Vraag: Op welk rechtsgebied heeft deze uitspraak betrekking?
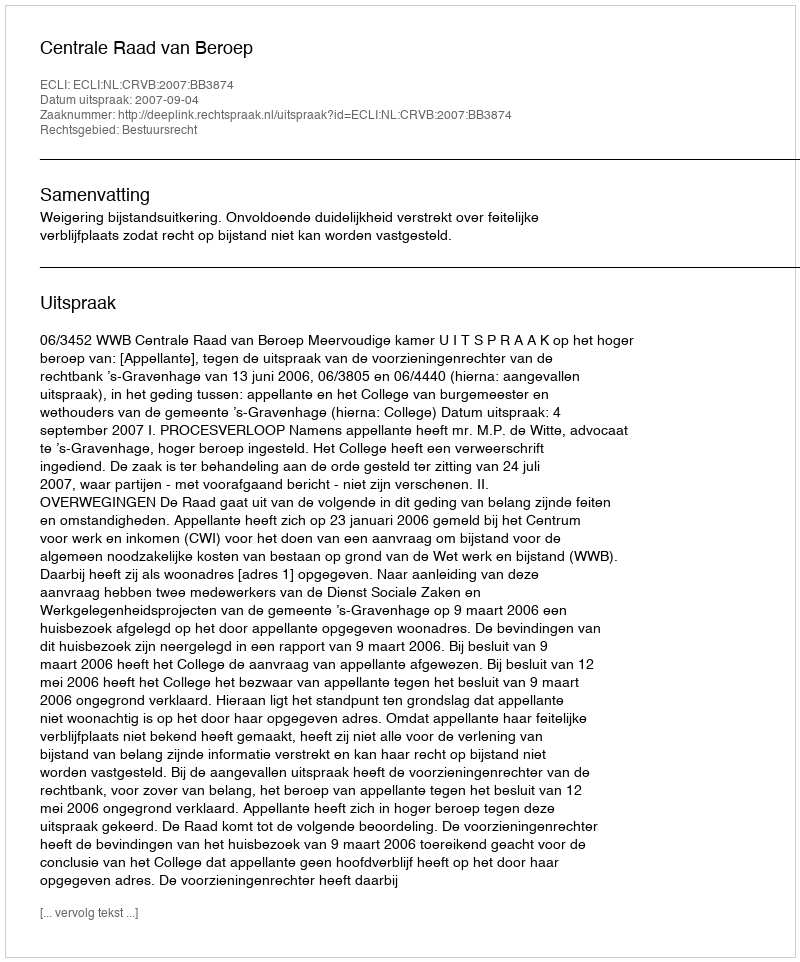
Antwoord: Bestuursrecht